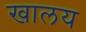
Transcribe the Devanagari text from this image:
खालय